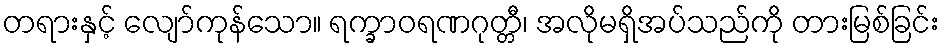
တရားနှင့် လျော်ကုန်သော။ ရက္ခာဝရဏဂုတ္တီ၊ အလိုမရှိအပ်သည်ကို တားမြစ်ခြင်း